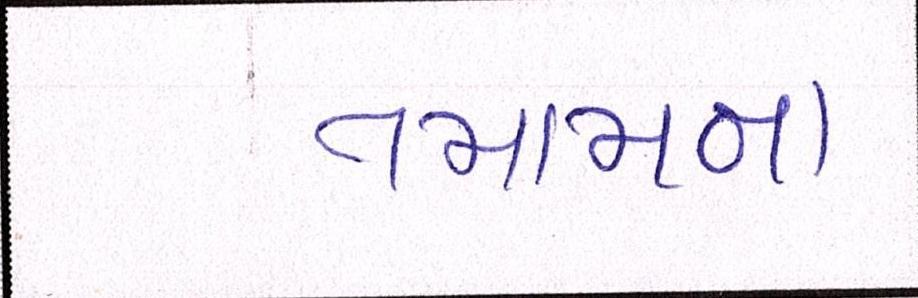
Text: તમામના